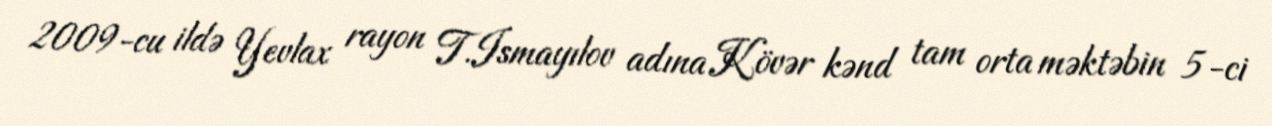
2009-cu ildə Yevlax rayon T.Ismayılov adına Kövər kənd tam orta məktəbin 5-ci